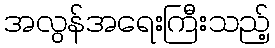
အလွန်အရေးကြီးသည့်